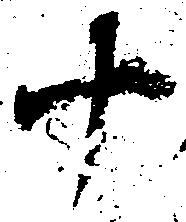
十